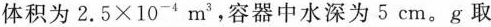
体积为2.5×10-4m3，容器中水深为5cm。g取